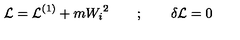
{ \cal L } = { \cal L } ^ { ( 1 ) } + m { W _ { i } } ^ { 2 } \quad \quad ; \quad \quad \delta { \cal L } = 0